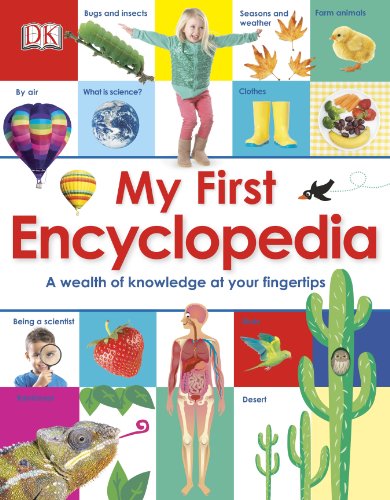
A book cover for My First Encyclopedia; DK Publishing; Reference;